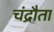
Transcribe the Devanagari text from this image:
चंद्रौता